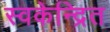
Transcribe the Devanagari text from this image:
स्वकेन्द्रित